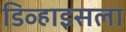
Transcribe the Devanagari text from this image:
डिव्हाइसला